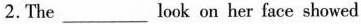
2. The ___ look on her face showed